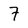
Character: 7